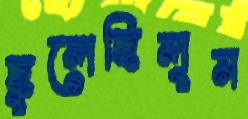
ছুলেছিলুম